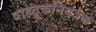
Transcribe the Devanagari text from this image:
वाहतूकनियंत्रक